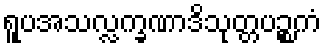
ရူပအသလ္လက္ခဏာဒိသုတ္တပဉ္စကံ